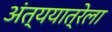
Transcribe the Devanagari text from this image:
अंत्ययात्रेला